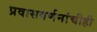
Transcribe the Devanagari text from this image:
प्रवासवर्णनांचीही